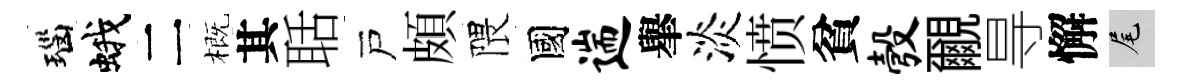
瑙蛾二概其聒戸頗隈國遄𦦙淡愤貧彀覼㝵懈尾